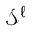
\mathcal { S } ^ { \ell }